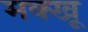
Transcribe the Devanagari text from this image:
मक्खू